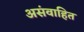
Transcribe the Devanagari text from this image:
असंवाहित